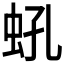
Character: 𧉔